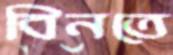
বিনতে